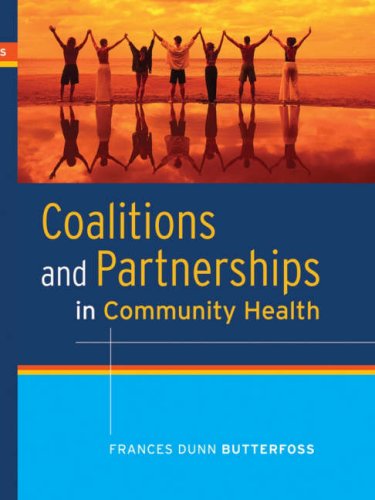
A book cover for Coalitions and Partnerships in Community Health; Frances Dunn Butterfoss; Medical Books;